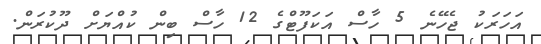
އަހަރަކު ޖެހޭނެ 5 ހާސް އަކަފޫޓްގެ 12 ހާސް ބިން ކުއްޔަށް ދޫކުރަން.